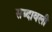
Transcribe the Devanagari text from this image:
सब्दावली